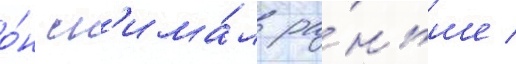
о́н сн'има́л ра́ньше /